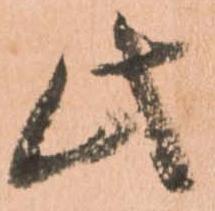
此